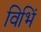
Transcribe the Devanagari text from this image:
विभिं